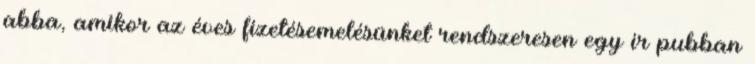
abba, amikor az éves fizetésemelésünket rendszeresen egy ír pubban